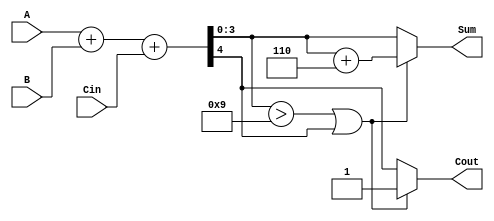
module BCD_Adder (
    input [3:0] A,       // First BCD digit
    input [3:0] B,       // Second BCD digit
    input Cin,           // Carry input
    output reg [3:0] Sum, // BCD result
    output reg Cout       // Carry output
);

    // Internal signals
    wire [4:0] S;        // Sum (5 bits for overflow)
    wire NeedCorrection; // Flag for BCD correction

    // Binary addition of A, B, and Cin
    assign S = A + B + Cin;

    // Check if correction is needed (if S[3:0] > 9 or carry out from S[4])
    assign NeedCorrection = (S[3:0] > 4'd9) || S[4];

    // BCD correction logic
    always @(*) begin
        if (NeedCorrection) begin
            Sum = S[3:0] + 4'd6; // Add 6 for BCD correction
            Cout = 1;            // Set carry out
        end else begin
            Sum = S[3:0];        // No correction needed
            Cout = S[4];        // Carry output is S[4]
        end
    end

endmodule